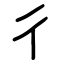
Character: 彳